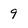
Character: 9